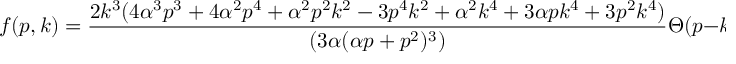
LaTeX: f ( p , k ) = { \frac { 2 k ^ { 3 } ( 4 \alpha ^ { 3 } p ^ { 3 } + 4 \alpha ^ { 2 } p ^ { 4 } + \alpha ^ { 2 } p ^ { 2 } k ^ { 2 } - 3 p ^ { 4 } k ^ { 2 } + \alpha ^ { 2 } k ^ { 4 } + 3 \alpha p k ^ { 4 } + 3 p ^ { 2 } k ^ { 4 } ) } { ( 3 \alpha ( \alpha p + p ^ { 2 } ) ^ { 3 } ) } } \Theta ( p - k ) ,